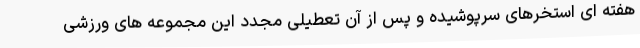
هفته ای استخرهای سرپوشیده و پس از آن تعطیلی مجدد این مجموعه های ورزشی